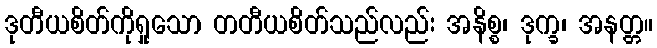
ဒုတီယစိတ်ကိုရှုသော တတီယစိတ်သည်လည်း အနိစ္စ၊ ဒုက္ခ၊ အနတ္တ။